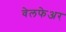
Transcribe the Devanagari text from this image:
वेलफेअर